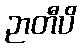
ဉာတီပိ